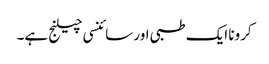
کرونا ایک طبی اور سائنسی چیلنج ہے۔